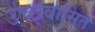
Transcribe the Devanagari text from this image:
उच्छ्वासित